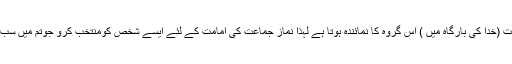
•ہر گروہ کا امام جماعت (خدا کی بارگاہ میں ) اس گروہ کا نمائندہ ہوتا ہے لہٰذا نماز جماعت کی امامت کے لئے ایسے شخص کومنتخب کرو جوتم میں سب سے افضل و بہتر ہو ۔